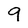
Character: 9